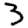
Digit: 3